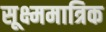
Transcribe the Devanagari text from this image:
सूक्ष्ममात्रिक